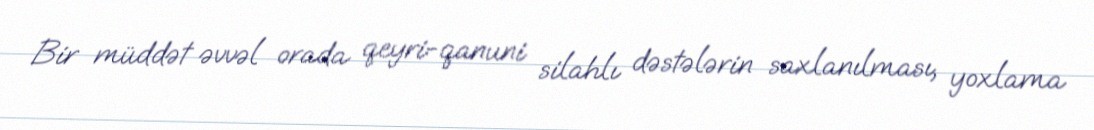
Bir müddət əvvəl orada qeyri-qanuni silahlı dəstələrin saxlanılması, yoxlama